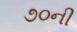
૭૦ની